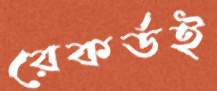
রেকর্ডই